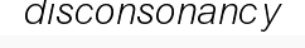
disconsonancy